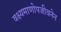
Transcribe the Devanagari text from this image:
वक्ष्यमाणोपजीवनेन